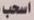
اسحب